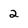
Character: 2